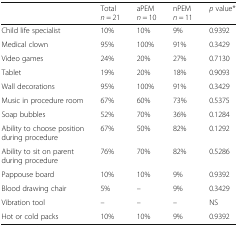
<table><thead><tr><td></td><td><b>Total<i>n</i> = 21</b></td><td><b>aPEM<i>n</i> = 10</b></td><td><b>nPEM<i>n</i> = 11</b></td><td><b><i>p</i> value*</b></td></tr></thead><tbody><tr><td>Child life specialist</td><td>10%</td><td>10%</td><td>9%</td><td>0.9392</td></tr><tr><td>Medical clown</td><td>95%</td><td>100%</td><td>91%</td><td>0.3429</td></tr><tr><td>Video games</td><td>24%</td><td>20%</td><td>27%</td><td>0.7130</td></tr><tr><td>Tablet</td><td>19%</td><td>20%</td><td>18%</td><td>0.9093</td></tr><tr><td>Wall decorations</td><td>95%</td><td>100%</td><td>91%</td><td>0.3429</td></tr><tr><td>Music in procedure room</td><td>67%</td><td>60%</td><td>73%</td><td>0.5375</td></tr><tr><td>Soap bubbles</td><td>52%</td><td>70%</td><td>36%</td><td>0.1284</td></tr><tr><td>Ability to choose position during procedure</td><td>67%</td><td>50%</td><td>82%</td><td>0.1292</td></tr><tr><td>Ability to sit on parent during procedure</td><td>76%</td><td>70%</td><td>82%</td><td>0.5286</td></tr><tr><td>Pappouse board</td><td>10%</td><td>10%</td><td>9%</td><td>0.9392</td></tr><tr><td>Blood drawing chair</td><td>5%</td><td>–</td><td>9%</td><td>0.3429</td></tr><tr><td>Vibration tool</td><td>–</td><td>–</td><td>–</td><td>NS</td></tr><tr><td>Hot or cold packs</td><td>10%</td><td>10%</td><td>9%</td><td>0.9392</td></tr></tbody></table>